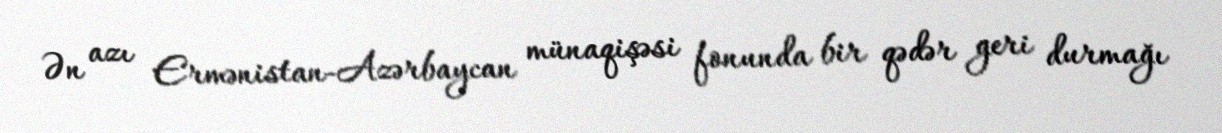
Ən azı Ermənistan-Azərbaycan münaqişəsi fonunda bir qədər geri durmağı